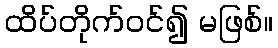
ထိပ်တိုက်ဝင်၍ မဖြစ်။